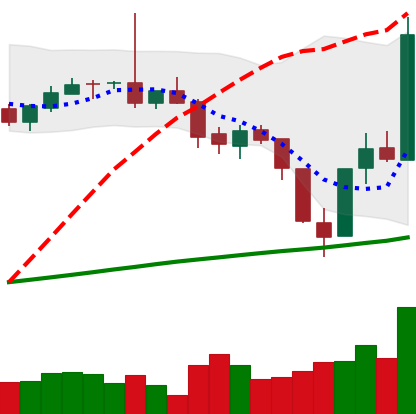
Ticker: BTC-USD
Chart end date: 2017-07-20
Forward return: -8.558%
Label: down_7plus